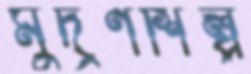
মুদ্রণশিল্প